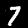
Digit: 7